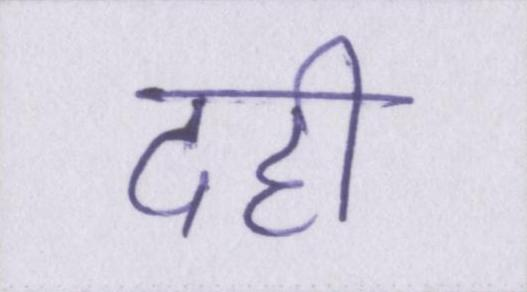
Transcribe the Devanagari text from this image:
दही